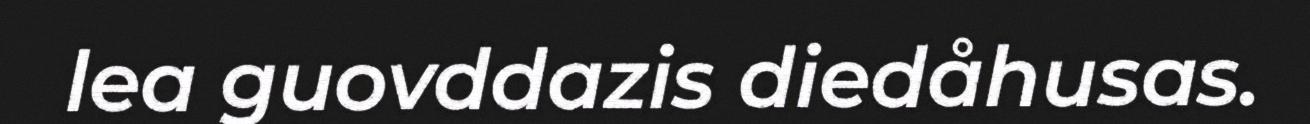
lea guovddazis diedåhusas.